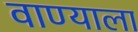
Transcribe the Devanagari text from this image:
वाण्याला